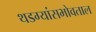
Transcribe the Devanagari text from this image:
थडग्यांसभोवताल